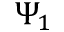
\Psi _ { 1 }